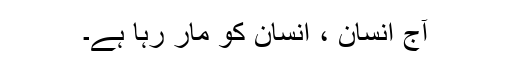
آج انسان ، انسان کو مار رہا ہے۔